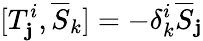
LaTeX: [T_{\mathbf{j}}^{i},{\overline{{{S}}}}_{k}]=-\delta_{k}^{i}{\overline{{{S}}}}_{\mathbf{j}}